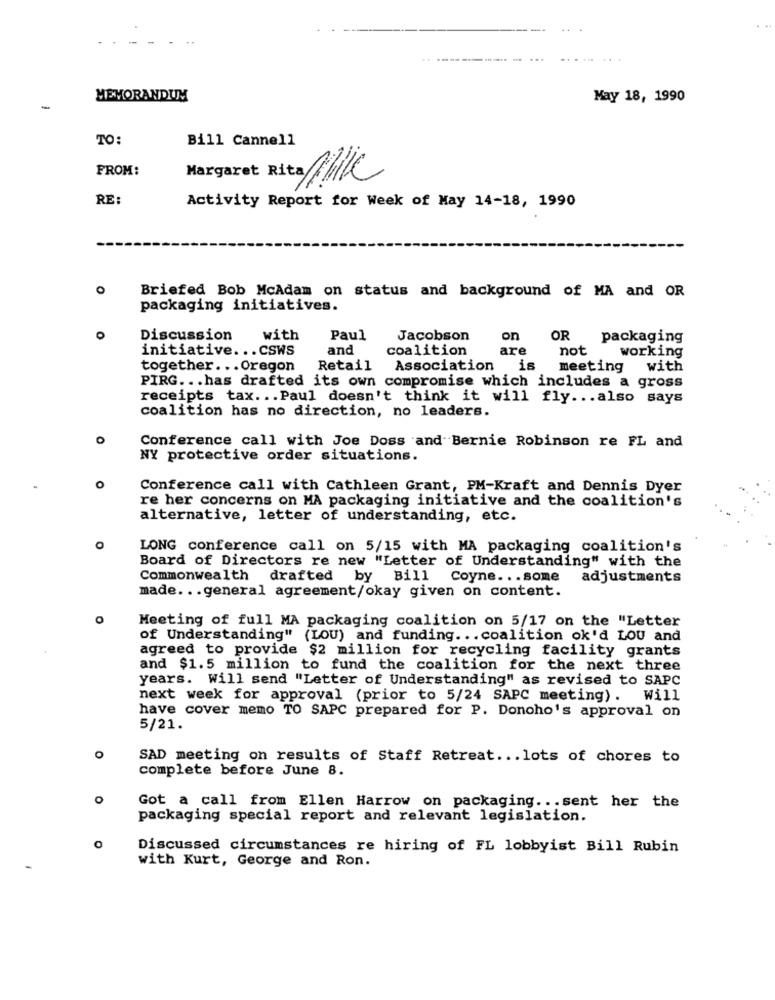
MEMORANDUM
May 18, 1990
-
TO:
Bill Cannell
FROM:
Margaret Rita Fik
RE:
Activity Report for Week of May 14-18, 1990
Briefed Bob McAdam on status and background of MA and OR
packaging initiatives.
Discussion
with
Paul
Jacobson
on
OR
packaging
initiative. .. CSWS
and
coalition
are
not
working
together ... Oregon
Retail
Association is
meeting
with
PIRG ... has drafted its own compromise which includes a gross
receipts tax ... Paul doesn't think it will fly ... also says
coalition has no direction, no leaders.
Conference call with Joe Doss and Bernie Robinson re FL and
NY protective order situations.
O
Conference call with Cathleen Grant, PM-Kraft and Dennis Dyer
re her concerns on MA packaging initiative and the coalition's
alternative, letter of understanding, etc.
0
LONG conference call on 5/15 with MA packaging coalition's
Board of Directors re new "Letter of Understanding" with the
Commonwealth drafted by Bill
Coyne ... some
adjustments
made ... general agreement/okay given on content.
Meeting of full MA packaging coalition on 5/17 on the "Letter
of Understanding" (LOU) and funding ... coalition ok'd LOU and
agreed to provide $2 million for recycling facility grants
and $1.5 million to fund the coalition for the next three
years. Will send "Letter of Understanding" as revised to SAPC
next week for approval (prior to 5/24 SAPC meeting). Will
have cover memo TO SAPC prepared for P. Donoho's approval on
5/21.
O
SAD meeting on results of Staff Retreat ... lots of chores to
complete before June 8.
o
Got a call from Ellen Harrow on packaging ... sent her the
packaging special report and relevant legislation.
Discussed circumstances re hiring of FL lobbyist Bill Rubin
with Kurt, George and Ron.